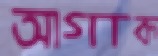
আগাক